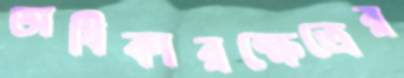
অধিকারক্ষেত্রের